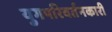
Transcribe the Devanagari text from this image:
युगपरिवर्तनकारी